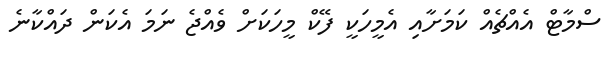
ސްމާޓް އެއްޗެއް ކަމަށާއި އެމީހަކީ ފޭކް މީހަކަށް ވެއްޖެ ނަމަ އެކަން ދައްކާނެ